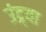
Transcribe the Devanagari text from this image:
उंद्र्या